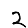
Digit: 2